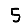
Digit: 5